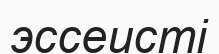
эссеисті